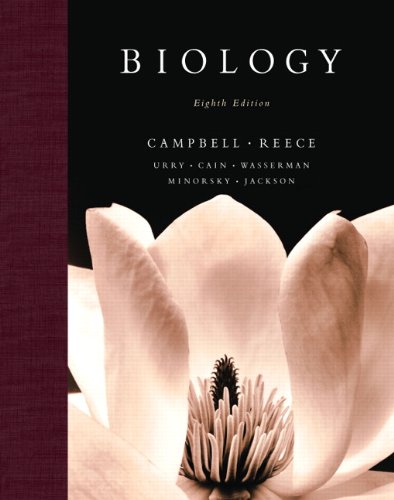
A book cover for Biology, 8th Edition; Neil A. Campbell; Science & Math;